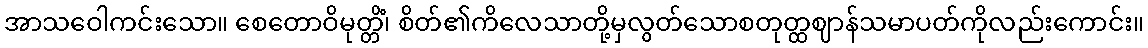
အာသဝေါကင်းသော။ စေတောဝိမုတ္တိံ၊ စိတ်၏ကိလေသာတို့မှလွတ်သောစတုတ္ထဈာန်သမာပတ်ကိုလည်းကောင်း။